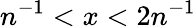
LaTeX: n^{-1}<x<2n^{-1}